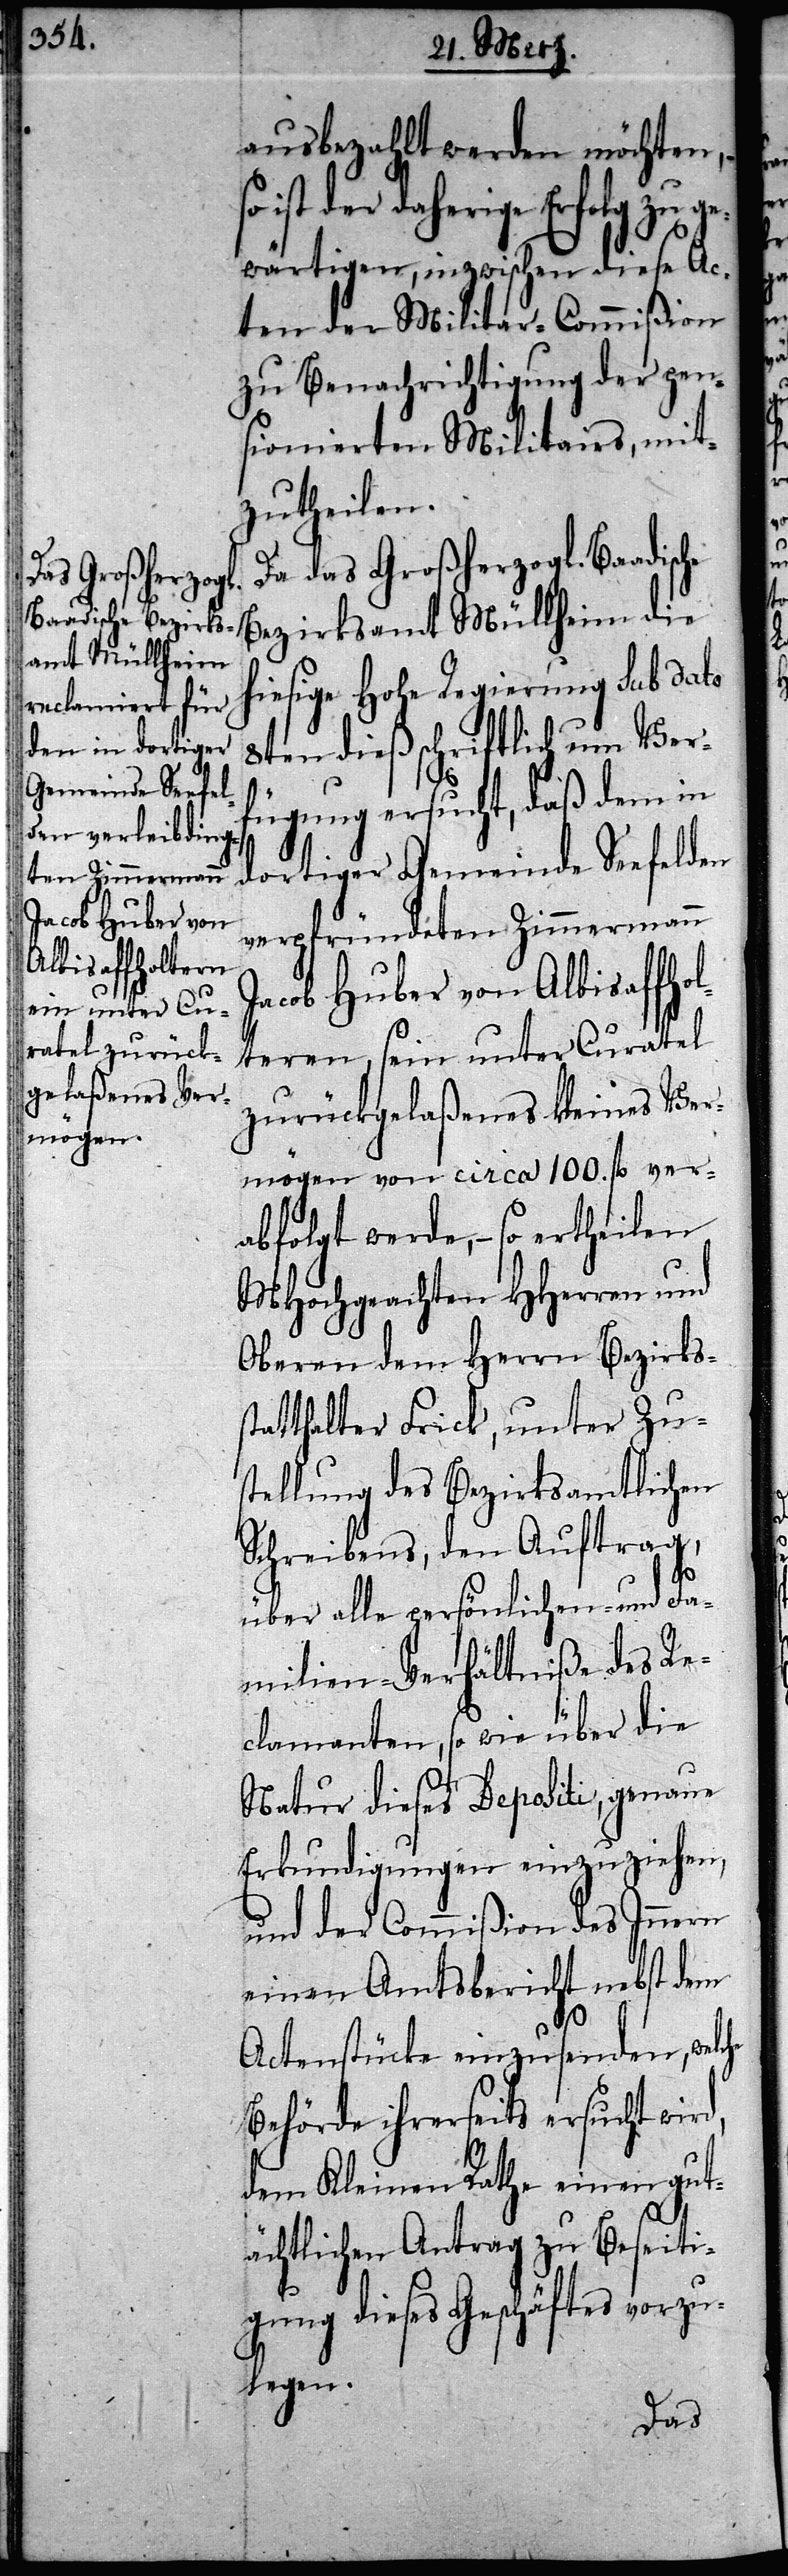
ausbezahlt werden möchten,
ist der daherige Erfolg zu ge¬
wärtigen, inzwischen diese Ac¬
ten der Militar-Commißion
zu Benachrichtigung der pen¬
sionierten Militairs, mit¬
zutheilen.
Da das Großherzogl. Baadisch¬
e Bezirks¬
amt Müllheim
hiesige Hohe Regierung sub dato
8ten dieß schriftlich um Ver¬
fügung ersucht, daß dem in
dortiger Gemeinde Seefelden
verpfründeten Zimmermann
Jacob Huber von Albisaffho¬
lteren, sein unter Curatel
zurückgelaßenes kleines Ver¬
mögen von circa 100. fl ver¬
abfolgt werde, – so ertheilen
MHochgeachten HHerren und
Oberen dem Herrn Bezirks¬
statthalter Frick, unter Zus¬
tellung des Bezirksamtlichen
Schreibens, den Auftrag,
über alle persönlichen- und Fa¬
milien-Verhältniße des Re¬
clamanten, so wie über die
Natur dieses Depositi, genaue
Erkundigungen einzuziehen,
und der Commißion des Innern
einen Amtsbericht nebst dem
Actenstücke einzusenden, welche
Behörde ihrerseits ersucht wird,
dem Kleinen Rathe einen gut¬
ächtlichen Antrag zu Beseiti¬
gung dieses Geschäftes vorzu¬
legen.